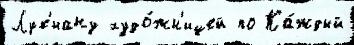
Лук'иану худо́жн'ицей по Ка́ждый